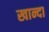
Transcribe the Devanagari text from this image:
खान्दा